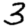
Digit: 3